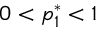
0 < p _ { 1 } ^ { * } < 1